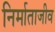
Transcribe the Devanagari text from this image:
निर्माताजीव